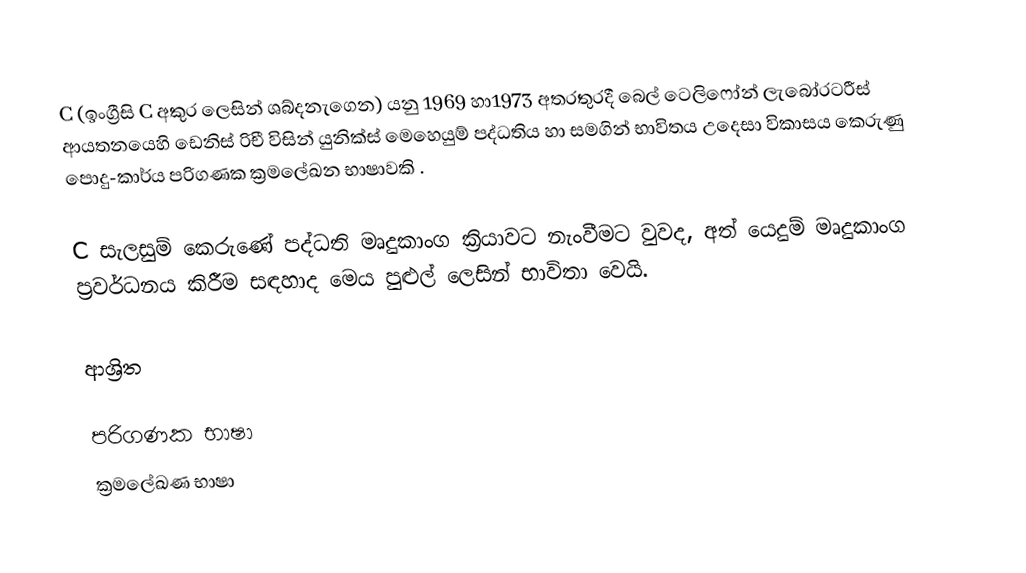
C (ඉංග්‍රීසි C අකුර ලෙසින් ශබ්දනැගෙන) යනු 1969 හා1973 අතරතුරදී  බෙල් ටෙලිෆෝන් ලැබෝරටරීස් ආයතනයෙහි  ඩෙනිස් රිචී විසින් යුනික්ස් මෙහෙයුම් පද්ධතිය හා සමගින් භාවිතය උදෙසා විකාසය කෙරුණු  පොදු-කාර්ය පරිගණක ක්‍රමලේඛන භාෂාවකි .

C සැලසුම් කෙරුණේ පද්ධති මෘදුකාංග ක්‍රියාවට නැංවීමට වුවද, අත් යෙදුම් මෘදුකාංග ප්‍රවර්ධනය කිරීම සඳහාද මෙය පුළුල් ලෙසින් භාවිතා වෙයි.

ආශ්‍රිත

පරිගණක භාෂා
ක්‍රමලේඛණ භාෂා